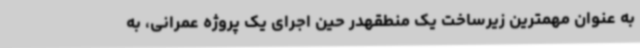
به عنوان مهمترین زیرساخت یک منطقهدر حین اجرای یک پروژه عمرانی، به